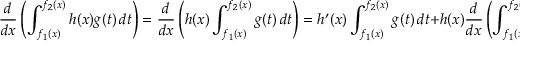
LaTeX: { \frac { d } { d x } } \left( \int _ { f _ { 1 } ( x ) } ^ { f _ { 2 } ( x ) } h ( x ) g ( t ) \, d t \right) = { \frac { d } { d x } } \left( h ( x ) \int _ { f _ { 1 } ( x ) } ^ { f _ { 2 } ( x ) } g ( t ) \, d t \right) = h ^ { \prime } ( x ) \int _ { f _ { 1 } ( x ) } ^ { f _ { 2 } ( x ) } g ( t ) \, d t + h ( x ) { \frac { d } { d x } } \left( \int _ { f _ { 1 } ( x ) } ^ { f _ { 2 } ( x ) } g ( t ) \, d t \right)